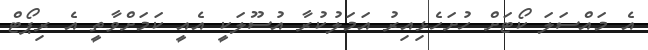
އެ މައްސަލަ ކޯޓަށް ހުށަހެޅިއިރު އަމަލުކުރާ އުސޫލަކީ އެއީ ކަމަށްވާތީ އެ ރިޕޯޓް